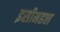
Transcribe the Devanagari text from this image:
इसीमहत्ता